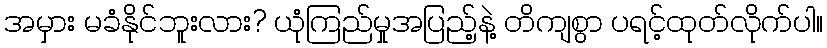
အမှား မခံနိုင်ဘူးလား? ယုံကြည်မှုအပြည့်နဲ့ တိကျစွာ ပရင့်ထုတ်လိုက်ပါ။